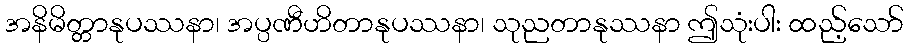
အနိမိတ္တာနုပဿနာ၊ အပ္ပဏီဟိတာနုပဿနာ၊ သုညတာနုဿနာ ဤသုံးပါး ထည့်သော်